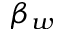
\beta _ { w }